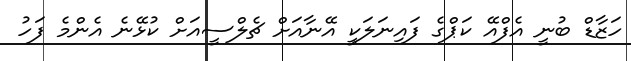
ހަޒާޑް ބުނީ އެފްއޭ ކަޕްގެ ފައިނަލަކީ އޭނާއަށް ޗެލްސީއަށް ކުޅޭނެ އެންމެ ފަހު